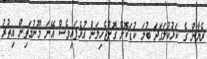
ރެޔާން ގެ ކަޅުކުލަގަދަ ބުމަ ކުޑަކޮށް ގޮށްޖެހިލަން އުޅެފައިވެސް އޭނަ މޫނުމަތިން އިތުރު